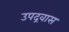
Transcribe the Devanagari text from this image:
उपद्रवास